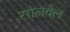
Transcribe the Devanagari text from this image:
सोनवेल